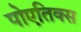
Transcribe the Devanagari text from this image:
पोएतिक्स